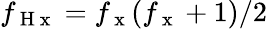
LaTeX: f_{\mathrm{~H~x~}}=f_{\mathrm{~x~}}(f_{\mathrm{~x~}}+1)/2